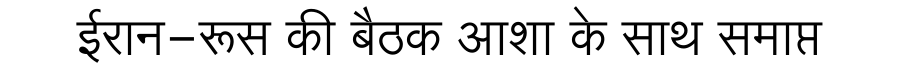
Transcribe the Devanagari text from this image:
ईरान-रूस की बैठक आशा के साथ समाप्त